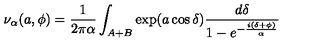
\nu _ { \alpha } ( a , \phi ) = { \frac { 1 } { 2 \pi \alpha } } \int _ { A + B } \exp ( a \cos \delta ) { \frac { d \delta } { 1 - e ^ { - { \frac { i ( \delta + \phi ) } { \alpha } } } } }